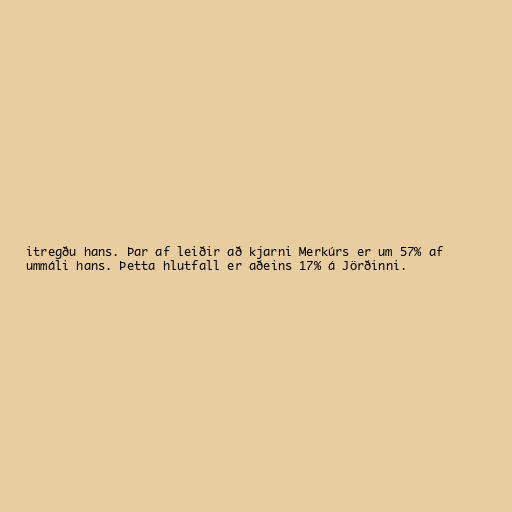
itregðu hans. Þar af leiðir að kjarni Merkúrs er um 57% af
ummáli hans. Þetta hlutfall er aðeins 17% á Jörðinni.